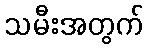
သမီးအတွက်